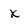
Character: x